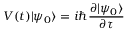
V ( t ) | \psi _ { 0 } \rangle = i \hbar { \frac { \partial | \psi _ { 0 } \rangle } { \partial \tau } }